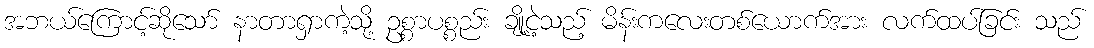
အဘယ်ကြောင့်ဆိုသော် နာတာရှာကဲ့သို့ ဥစ္စာပစ္စည်း ချို့ငဲ့သည့် မိန်းကလေးတစ်ယောက်အား လက်ထပ်ခြင်း သည်